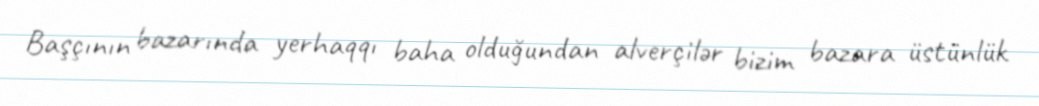
Başçının bazarında yerhaqqı baha olduğundan alverçilər bizim bazara üstünlük